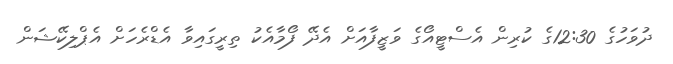
ދުވަހުގެ 12:30ގެ ކުރިން އެސްޓީއޯގެ ވަޒީފާއަށް އެދޭ ފޯމާއެކު ތިރީގައިވާ އެޑްރެހަށް އެޕްލިކޭޝަން